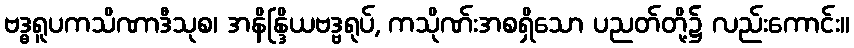
ဗဒ္ဓရူပကသိဏာဒီသုစ၊ အနိန္ဒြိယဗဒ္ဗရုပ်, ကသိုဏ်းအစရှိသော ပညတ်တို့၌ လည်းကောင်း။